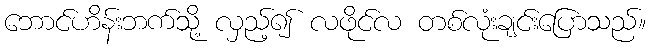
ဘောင်ဟိန်းဘက်သို့ လှည့်၍ လဖိုင်လ တစ်လုံးချင်းပြောသည်။